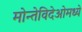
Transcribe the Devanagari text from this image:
मोन्तेविदेओमध्ये